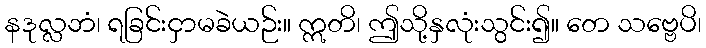
နဒုလ္လဘံ၊ ရခြင်းငှာမခဲယဉ်း။ ဣတိ၊ ဤသို့နှလုံးသွင်း၍။ တေ သဗ္ဗေပိ၊